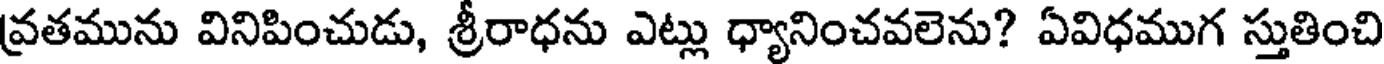
వ్రతమును వినిపించుడు, శ్రీరాధను ఎట్లు ధ్యానించవలెను? ఏవిధముగ స్తుతించి